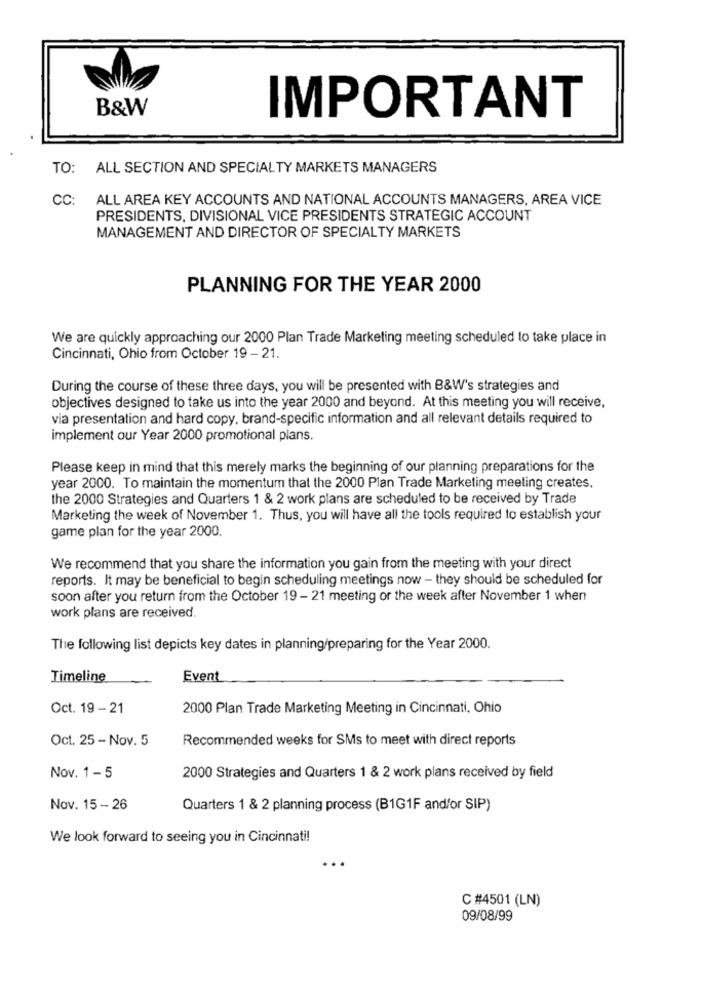
B&W
IMPORTANT
TO: ALL SECTION AND SPECIALTY MARKETS MANAGERS
CC:
ALL AREA KEY ACCOUNTS AND NATIONAL ACCOUNTS MANAGERS, AREA VICE
PRESIDENTS, DIVISIONAL VICE PRESIDENTS STRATEGIC ACCOUNT
MANAGEMENT AND DIRECTOR OF SPECIALTY MARKETS
PLANNING FOR THE YEAR 2000
We are quickly approaching our 2000 Plan Trade Marketing meeting scheduled to take place in
Cincinnati, Ohio from October 19 - 21.
During the course of these three days, you will be presented with B&W's strategies and
objectives designed to take us into the year 2000 and beyond. At this meeting you will receive,
via presentation and hard copy, brand-specific information and all relevant details required to
implement our Year 2000 promotional plans.
Please keep in mind that this merely marks the beginning of our planning preparations for the
year 2000. To maintain the momentum that the 2000 Plan Trade Marketing meeting creates,
the 2000 Strategies and Quarters 1 & 2 work plans are scheduled to be received by Trade
Marketing the week of November 1. Thus, you will have all the tools required to establish your
game plan for the year 2000.
We recommend that you share the information you gain from the meeting with your direct
reports. It may be beneficial to begin scheduling meetings now - they should be scheduled for
soon after you return from the October 19 - 21 meeting or the week after November 1 when
work plans are received.
The following list depicts key dates in planning/preparing for the Year 2000.
Timeline
Event
Oct. 19 - 21
2000 Plan Trade Marketing Meeting in Cincinnati, Ohio
Oct. 25 - Nov. 5
Recommended weeks for SMs to meet with direct reports
Nov. 1-5
2000 Strategies and Quarters 1 & 2 work plans received by field
Nov. 15 - 26
Quarters 1 & 2 planning process (B1G1F and/or SIP)
We look forward to seeing you in Cincinnati!
C #4501 (LN)
09/08/99